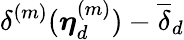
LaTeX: \delta^{(m)}(\boldsymbol{\eta}_{d}^{(m)})-\overline{{\delta}}_{d}